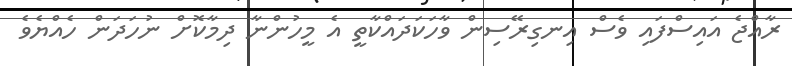
ރާއްޖެ އައިސްފައި ވެސް އިނގިރޭސިން ވާހަކަދައްކާތީ އެ މީހުންނާ ދިމާކޮށް ނުހަދަން ހެއްޔެވެ